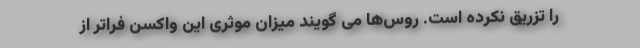
را تزریق نکرده است. روس‌ها می گویند میزان موثری این واکسن فراتر از